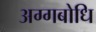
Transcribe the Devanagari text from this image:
अग्गबोधि